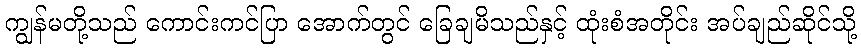
ကျွန်မတို့သည် ကောင်းကင်ပြာ အောက်တွင် ခြေချမိသည်နှင့် ထုံးစံအတိုင်း အပ်ချည်ဆိုင်သို့